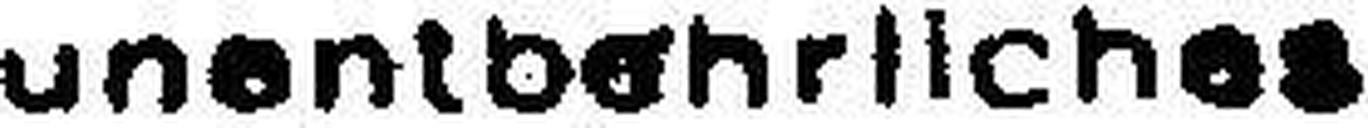
unentbehrliches